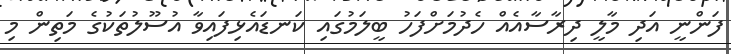
ފަންނީ އަދި މާލީ ދިރާސާއެއް ހެދުމަށްފަހު ބީލަމުގައި ކަނޑައެޅިފައިވާ އުސޫލުތަކުގެ މަތިން މި